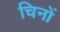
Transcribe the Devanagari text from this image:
चिनों